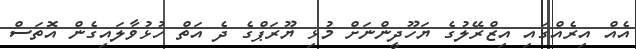
އެއް އިރެއްގައި އިޒްރޭލުގެ ޔަހޫދީންނަށް މުޅި ޔޫރަޕްގެ ދެ އަތް ހުޅުވާލައިގެން އޮތަސް